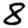
Digit: 8